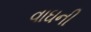
વાઘની